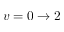
v = 0 \to 2